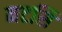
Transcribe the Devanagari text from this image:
नटसि